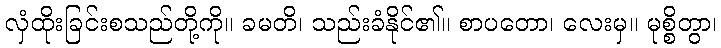
လှံထိုးခြင်းစသည်တို့ကို။ ခမတိ၊ သည်းခံနိုင်၏။ စာပတော၊ လေးမှ။ မုစ္စိတွာ၊